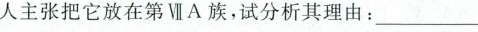
人主张把它放在第ⅦA族，试分析其理由：_________________________.